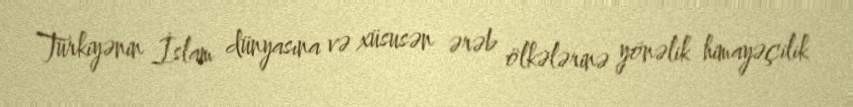
Türkiyənin İslam dünyasına və xüsusən ərəb ölkələrinə yönəlik himayəçilik